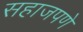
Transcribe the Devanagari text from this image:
सहाजपणे